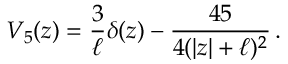
V _ { 5 } ( z ) = \frac { 3 } { \ell } \delta ( z ) - \frac { 4 5 } { 4 ( | z | + \ell ) ^ { 2 } } \, .